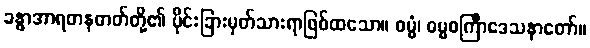
ခန္ဓာအာရတနဓာတ်တို့၏ ပိုင်းခြားမှတ်သားရာဖြစ်ထသော။ ဓမ္မံ၊ ဓမ္မစင်္ကြာဒေသနာတော်။